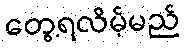
တွေ့ရလိမ့်မည်